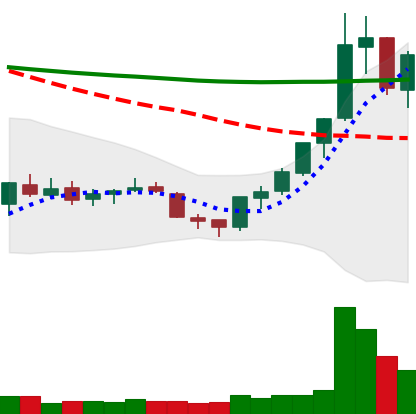
Ticker: XLM-USD
Chart end date: 2018-07-21
Forward return: 5.917%
Label: up_5_7